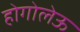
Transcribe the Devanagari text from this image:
होगोलेऊ